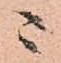
ニ